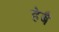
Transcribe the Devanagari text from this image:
हेबै